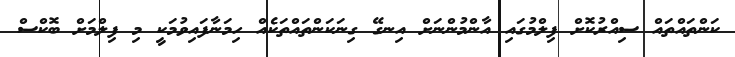
ކަންތައްތައް ސިއްރުކޮށް ފިލްމުގައި އާންމުންނަށް އިނގޭ ގިނަކަންތައްތަކެއް ހިމަނާފައިވުމަކީ މި ފިލްމަށް ބޮކްސް